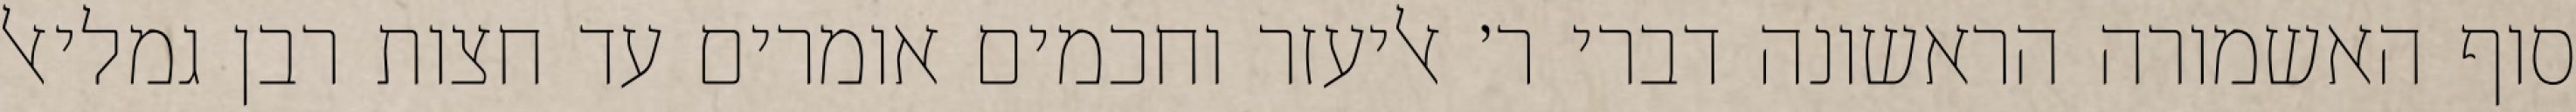
סוף האשמורה הראשונה דברי ר׳ אליעזר וחכמים אומרים עד חצות רבן גמליאל